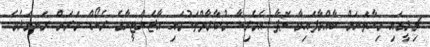
ޗިލީގައި މިހާތަނަށް ބާއްވާފައިވާ ކޮޕާ އެމެރިކާ މުބާރާތްތަކުގައި އާޖެންޓީނާގެ ރެކޯޑް ވަރަށް ރަނގަޅެވެ.